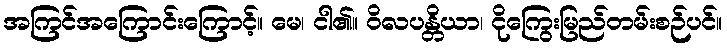
အကြင်အကြောင်းကြောင့်။ မေ၊ ငါ၏။ ဝိလပန္တိယာ၊ ငိုကြွေးမြည်တမ်းစဉ်ပင်။